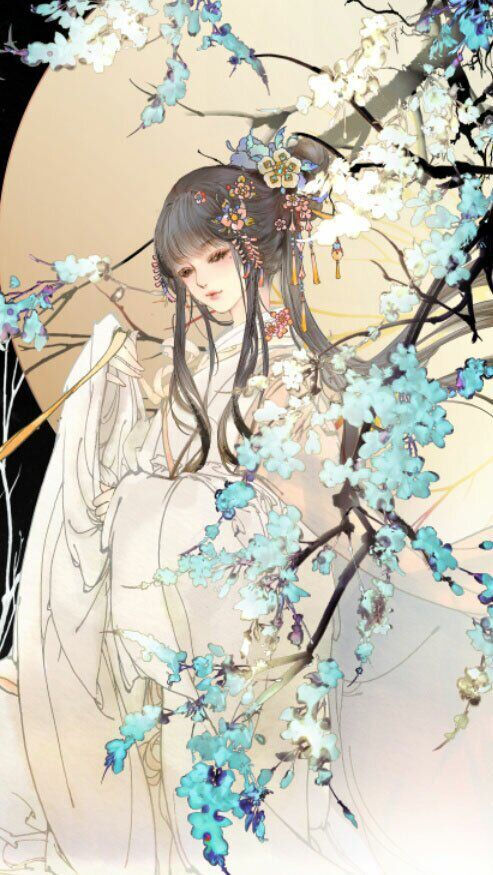
知君仙骨无寒暑。